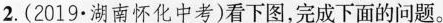
2.(2019.湖南怀化中考)看下图，完成下面的问题。